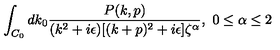
\int _ { C _ { 0 } } d k _ { 0 } { \frac { P ( k , p ) } { ( k ^ { 2 } + i \epsilon ) [ ( k + p ) ^ { 2 } + i \epsilon ] \zeta ^ { \alpha } } } , \ 0 \leq \alpha \leq 2